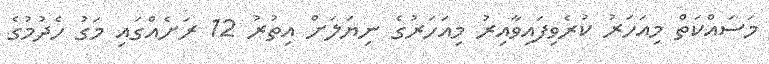
މަސައްކަތް މިއަހަރު ކުރެވިފައިވާއިރު މިއަހަރުގެ ނިޔަލަށް އިތުރު 12 ރަށެއްގައި މަގު ހެދުމުގެ